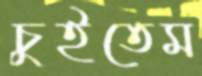
চুইতেম